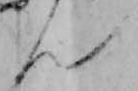
ん